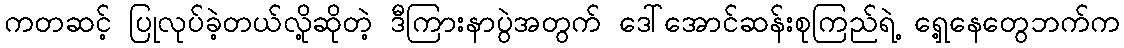
ကတဆင့် ပြုလုပ်ခဲ့တယ်လို့ဆိုတဲ့ ဒီကြားနာပွဲအတွက် ဒေါ်အောင်ဆန်းစုကြည်ရဲ့ ရှေ့နေတွေဘက်က